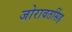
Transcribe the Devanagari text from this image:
जोरावतसिंह